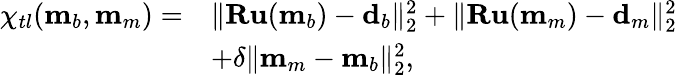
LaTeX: \begin{array}{rl}{\chi_{tl}(\mathbf{m}_{b},\mathbf{m}_{m})=}&{\| \mathbf{Ru}(\mathbf{m}_{b})-\mathbf{d}_{b}\| _{2}^{2}+\| \mathbf{Ru}(\mathbf{m}_{m})-\mathbf{d}_{m}\| _{2}^{2}}\\ &{+\delta\| \mathbf{m}_{m}-\mathbf{m}_{b}\| _{2}^{2},}\end{array}